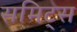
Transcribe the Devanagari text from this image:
समिट्स